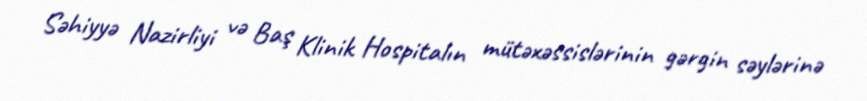
Səhiyyə Nazirliyi və Baş Klinik Hospitalın mütəxəssislərinin gərgin səylərinə